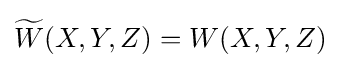
{\widetilde {W}}(X,Y,Z)=W(X,Y,Z)